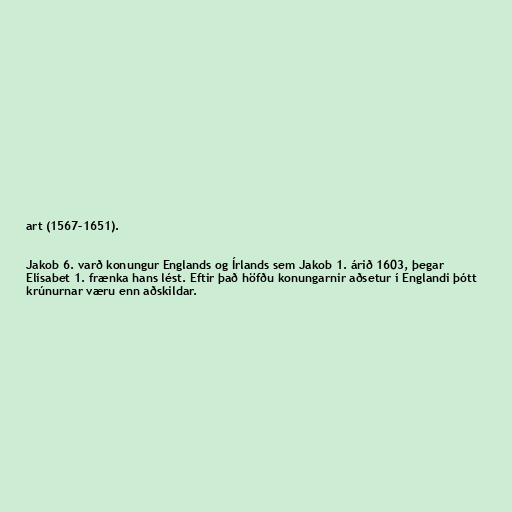
art (1567–1651).

Jakob 6. varð konungur Englands og Írlands sem Jakob 1. árið 1603, þegar
Elísabet 1. frænka hans lést. Eftir það höfðu konungarnir aðsetur í Englandi þótt
krúnurnar væru enn aðskildar.